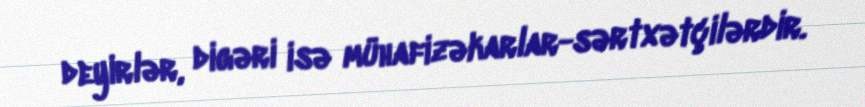
deyirlər, digəri isə mühafizəkarlar-sərtxətçilərdir.